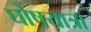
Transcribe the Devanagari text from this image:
घोषयात्रा